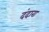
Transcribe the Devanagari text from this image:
दंदारा